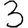
Digit: 3